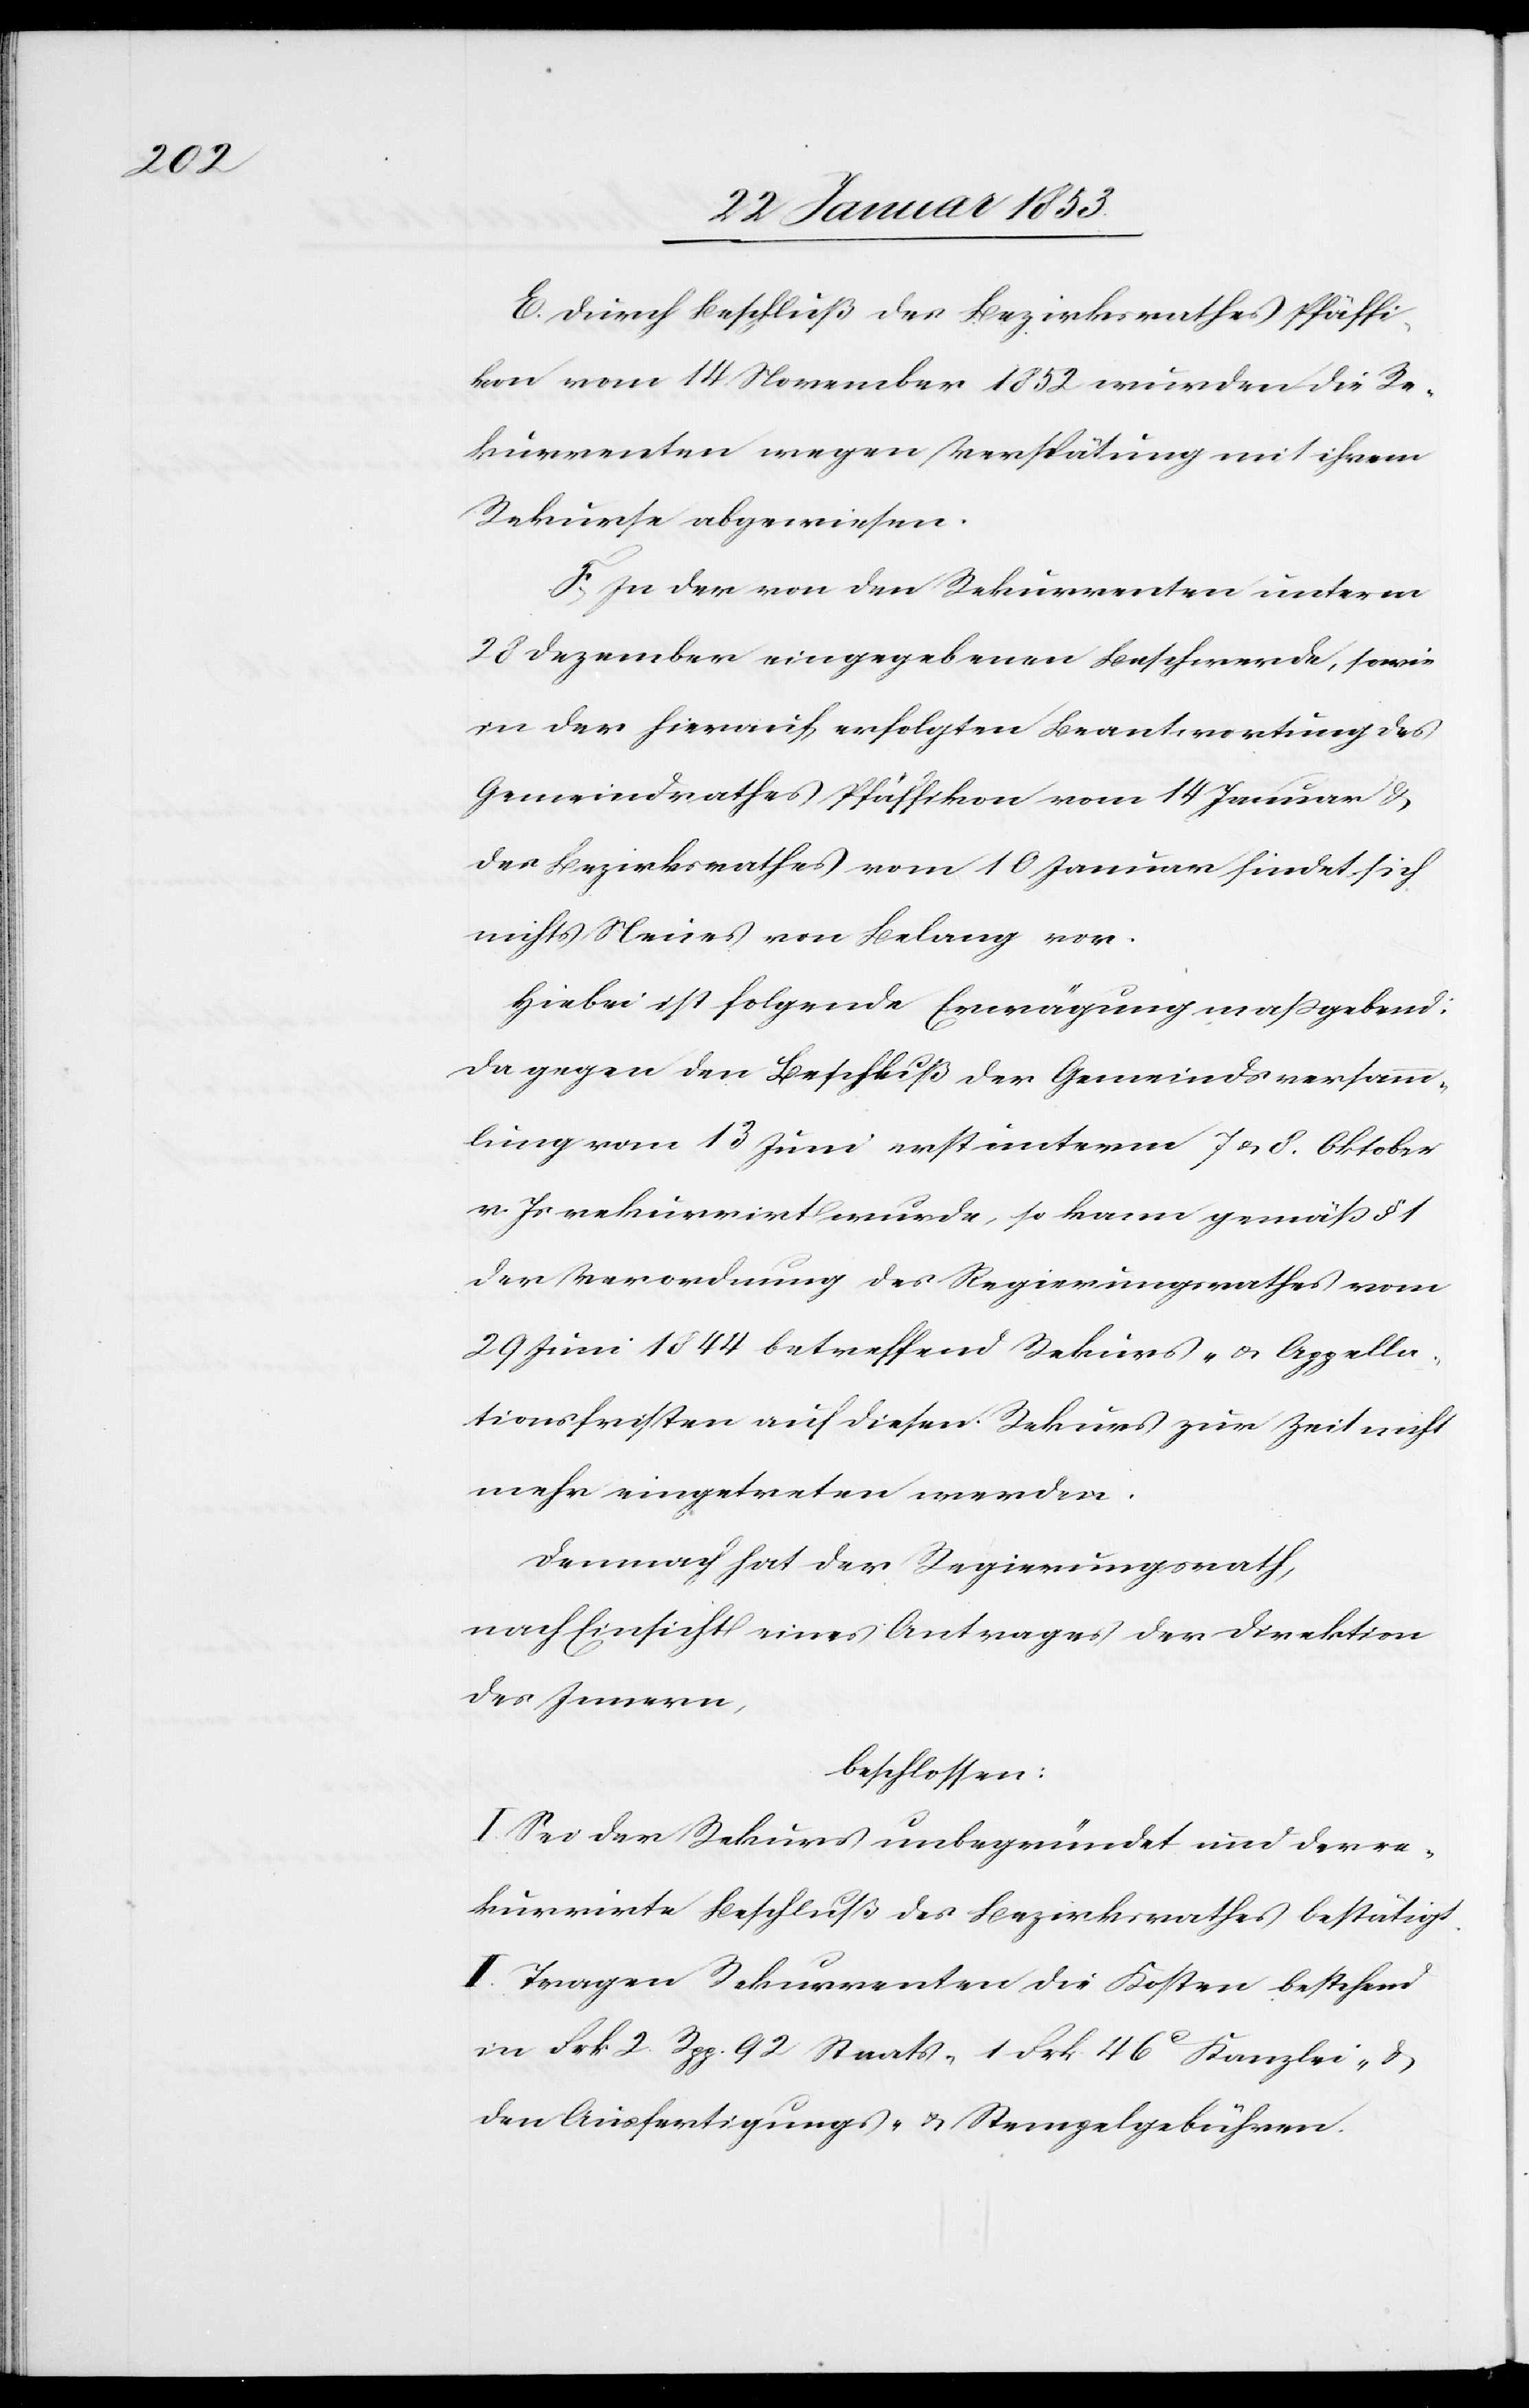
E. Durch Beschluß des Bezirksrathes Pfäffi¬
kon vom 14 November 1852 wurden die Re¬
kurrenten wegen Verspätung mit ihrem
Rekurse abgewiesen.
F. In der von den Rekurrenten unterm
28 Dezember eingegebenen Beschwerde, sowie
in der hierauf erfolgten Beantwortung des
Gemeindrathes Pfäffikon vom 14 Januar u.
des Bezirksrathes vom 10 Januar findet sich
nichts Neues von Belang vor.
Hiebei ist folgende Erwägung maßgebend:
da gegen den Beschluß der Gemeindsversamm¬
lung vom 13 Juni erst unterm 7. u. 8. Oktober
v. Js. rekurrirt wurde, so kann gemäß §.
der Verordnung des Regierungsrathes vom
29 Juni 1844 betreffend Rekurs- u. Appella¬
tionsfristen auf diesen Rekurs zur Zeit nicht
mehr eingetreten werden.
Demnach hat der Regierungsrath,
nach Einsicht eines Antrages der Direktion
des Innern,
beschlossen:
I. Sei der Rekurs unbegründet und der re¬
kurrirte Beschluß des Bezirksrathes beseitigt.
II. Tragen Rekurrenten die Kosten bestehend
in Frk. 2 Rpp. 92 Staats- 1 Frk. 46? Kanzlei- u.
den Ausfertigungs- u. Stempelgebühren.